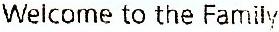
WELCOME TO THE FAMILY